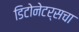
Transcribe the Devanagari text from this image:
डिटोनेटर्सचा